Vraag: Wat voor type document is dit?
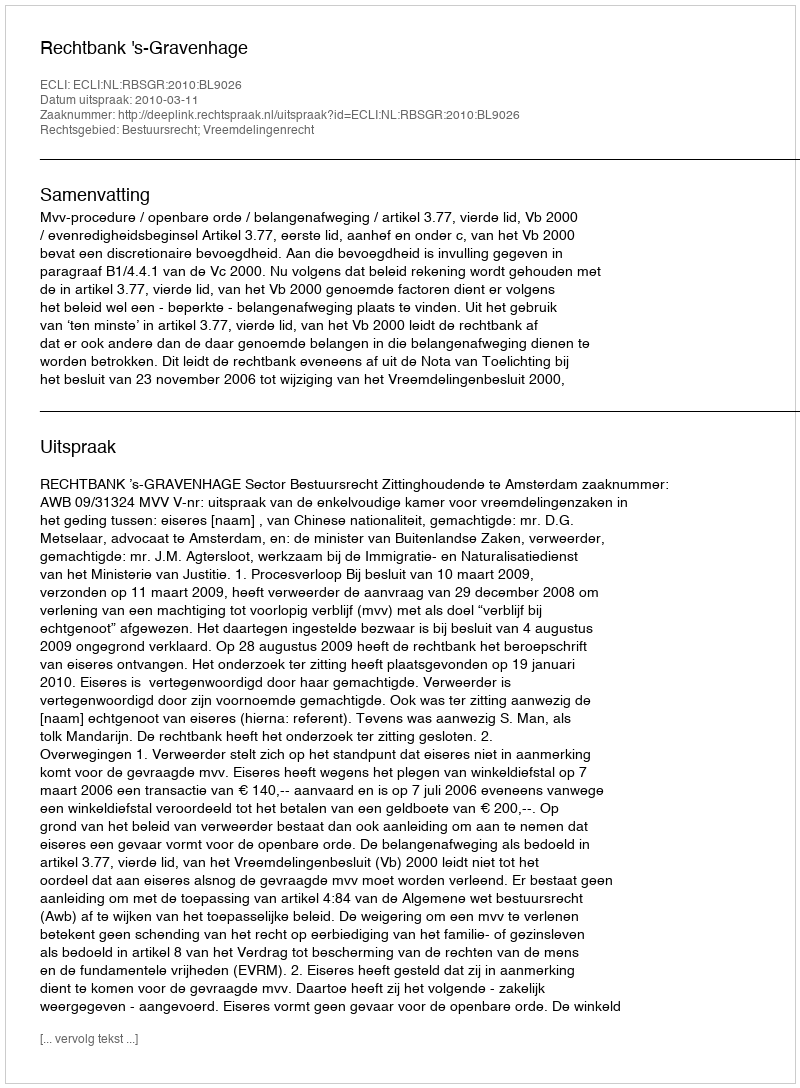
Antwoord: Uitspraak